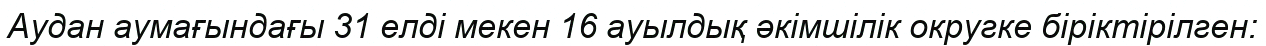
Аудан аумағындағы 31 елді мекен 16 ауылдық әкімшілік округке біріктірілген: